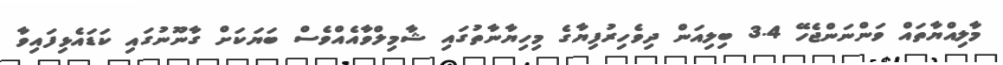
މާލިއްޔާތައް ވަންނަންޖެހޭ 3.4 ބިލިއަން ދިވެހިރުފިޔާގެ މިހިޔާނާތުގައި ޝާމިލްވާއެއްވެސް ބަޔަކަށް ގާނޫނުގައި ކަޑައެޅިފައިވާ